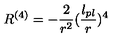
R ^ { ( 4 ) } = - { \frac { 2 } { r ^ { 2 } } } ( { \frac { l _ { p l } } { r } } ) ^ { 4 }